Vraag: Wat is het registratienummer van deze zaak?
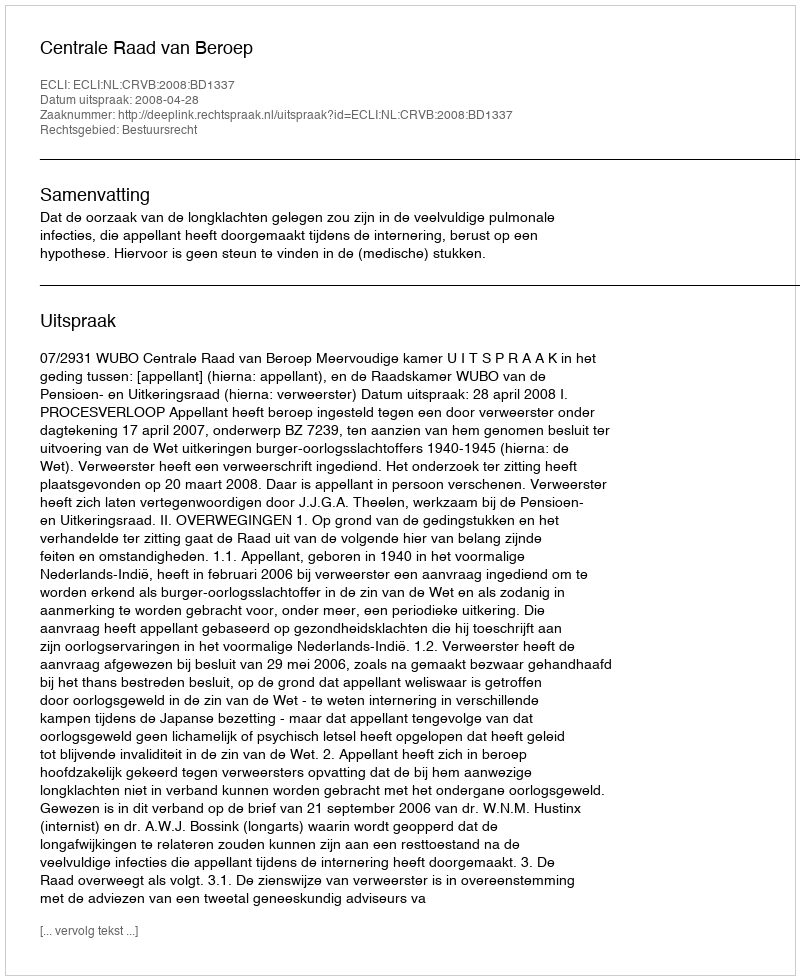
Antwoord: http://deeplink.rechtspraak.nl/uitspraak?id=ECLI:NL:CRVB:2008:BD1337